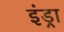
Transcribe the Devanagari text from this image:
इंड्रा